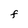
Character: f